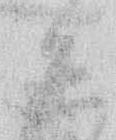
は